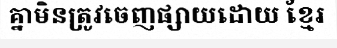
គ្នាមិនត្រូវចេញផ្សាយដោយ ខ្មែរ